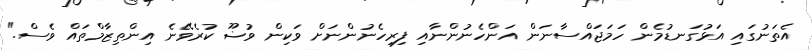
އެތަނުގައި އަޅުގަނޑުމެން ހަމަޖައްސާނަން އަންހެނުންނާއި ފިރިހެނުންނަށް ވަކިން ވުޟޫ ކުރެވޭނެ އިންތިޒާމްތައް ވެސް."